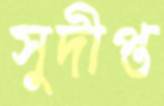
সুদীপ্ত